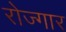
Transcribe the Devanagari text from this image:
रोज्गार